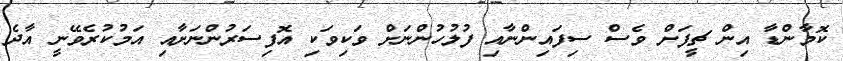
ކޮމާންޑާ އިން ޗީފަށް ވެސް ސިފައިންނާއި ފުލުހުންނަށް ވަކިވަކި އޮފިސަރުންނަށާއި އަމުކުރެވޭނީ އާދެ